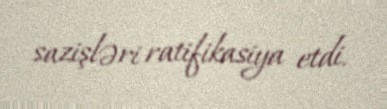
sazişləri ratifikasiya etdi.